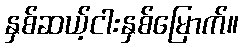
နှစ်ဆယ့်ငါးနှစ်မြောက်။